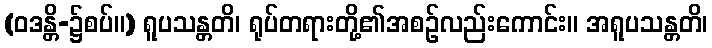
(ဝဒန္တိ-၌စပ်။) ရူပသန္တတိ၊ ရုပ်တရားတို့၏အစဉ်လည်းကောင်း။ အရူပသန္တတိ၊